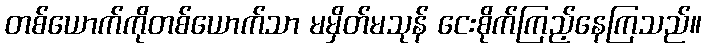
တစ်ယောက်ကိုတစ်ယောက်သာ မမှိတ်မသုန် ငေးစိုက်ကြည့်နေကြသည်။